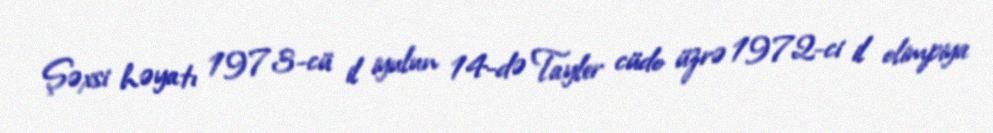
Şəxsi həyatı 1973-cü il iyulun 14-də Tayler cüdo üzrə 1972-ci il olimpiya